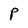
Character: P